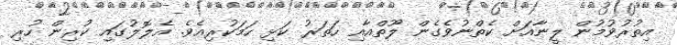
އިތުރުވުމުން ލީނާއަށް ކެތްނުވެގެން ލޫތްއާއި ހަތަރު ކަޅި ހަމަކުރިއެވެ. އެލޮލުގައި ކުރިން ހުރި